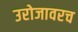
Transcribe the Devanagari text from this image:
उरोजावरच